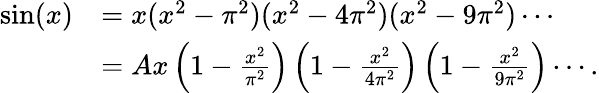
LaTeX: {\begin{array}{rl}{\sin(x)}&{=x(x^{2}-\pi^{2})(x^{2}-4\pi^{2})(x^{2}-9\pi^{2})\cdots}\\ &{=Ax\left(1-{\frac{x^{2}}{\pi^{2}}}\right)\left(1-{\frac{x^{2}}{4\pi^{2}}}\right)\left(1-{\frac{x^{2}}{9\pi^{2}}}\right)\cdots.}\end{array}}